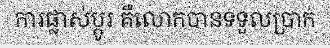
ការផ្លាស់ប្តូរ គឺលោកបានទទួលប្រាក់